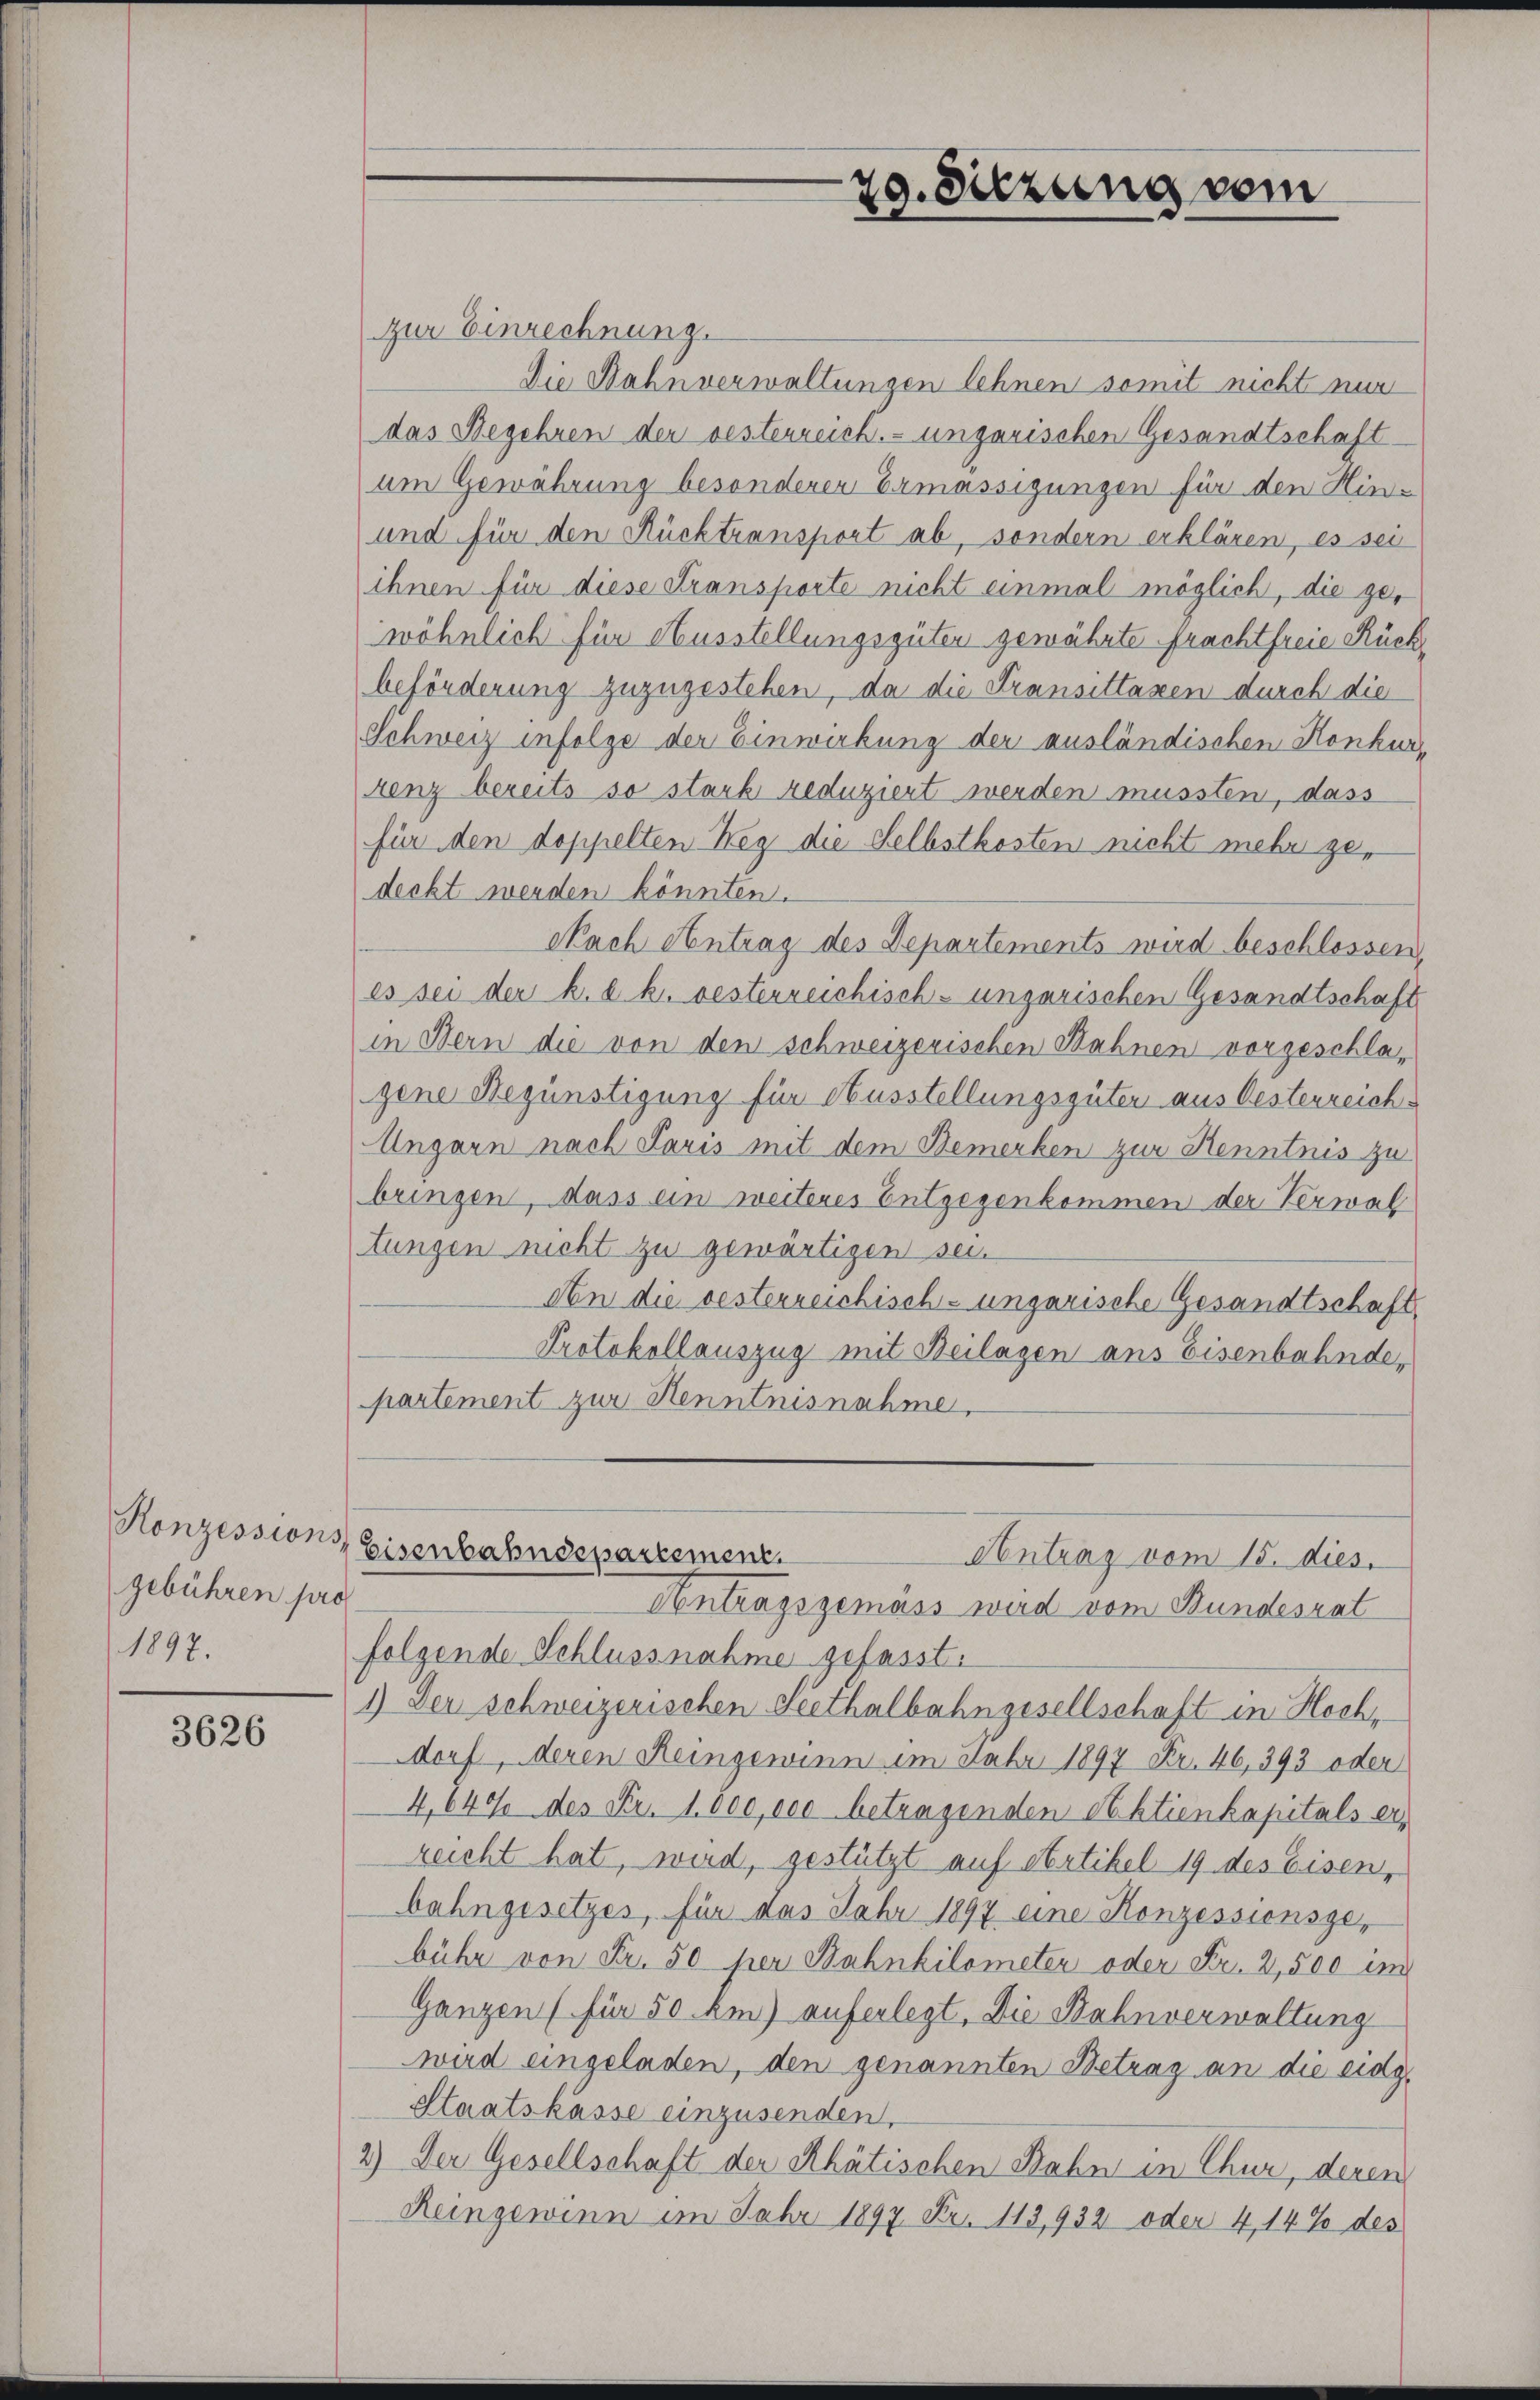
Konzessions
gebühren pro
1897.

3626

29. Sitzung vom

zur Einrechnung.
Die Nahnverwaltungen lehnen somit nicht nur
das Begehren der besterreich. ungarischen Gesandtschaft
am Gewährung besonderer Ermässigungen für den Hin¬
und für den Rücktransport ab, sondern erklären, es sei
ihnen für diese Fransporte nicht einmal möglich, die gewöhnlich für Ausstellungsgüten gewährte Frachtfreie Rückbeförderung zuzugestehen, da die Fransittaxen durch die
Schweiz infolge der Einwirkung der ausländischen Konkur-
renz bereits so stark reduziert werden mussten, dass
für den doppelten Weg die Selbstkosten nicht mehr gedeckt werden könnten.
Nach Antrag des Departements wird beschlossen,
es sei der k. k. k. oesterreichisch-ungarischen Gesandtschaft
in Bern die von den schweizerischen Bahnen vorgeschlagene Begünstigung für Ausstellungsgüter aus Oesterreich¬
Ungarn nach Paris mit dem Bemerken zur Kenntnis zu
bringen, dass ein weiteres Entgegenkommen der Verwal
tungen nicht zu gewärtigen sei.
An die oesterreichisch-ungarische Gesandtschaft
Protokollauszug mit Beilagen aus Eisenbahnde,
partement zur Henntnisnahme,
Eisenbahndepartement.
Contrag vom 15. dies
Antragsgemäss wird vom Bundesrat
folgende Schlussnahme gefasst.
1) Der schweizerischen Seethalbahngesellschaft in Hochdorf, deren Reingewinn im Febr 1897 Fr. 46, 393 oder
4,640 des Fr. 1800,000 betragenden Aktienkapitals erzeicht hat, wird, gestützt auf Artikel 19 des Eisen,
bahngesetzes, für das Jahr 1897 eine Konzessionsge-
bühr von Fr. 50 per Bahnhilometer oder Fr. 2,500 im
Ganzen (für 50 km) auferlegt. Die Bahnverwaltung
wird eingeladen, den genannten Betrag an die eidg.
Staatskasse einzusenden.
2.) Der Gesellschaft der Rhätischen Bahn in Chur, deren
Reingewinn im Jahr 1897 Fr. 113,932 oder 4,14% des